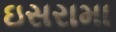
ઇસરામા